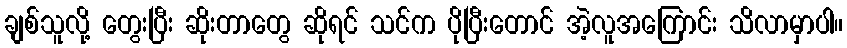
ချစ်သူလို့ တွေးပြီး ဆိုးတာတွေ ဆိုရင် သင်က ပိုပြီးတောင် အဲ့လူအကြောင်း သိလာမှာပါ။